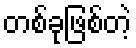
တစ်ခုဖြစ်တဲ့